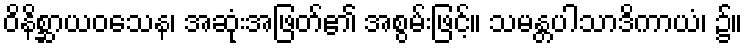
ဝိနိစ္ဆာယဝသေန၊ အဆုံးအဖြတ်၏ အစွမ်းဖြင့်။ သမန္တပါသာဒိကာယံ၊ ၌။